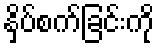
နှိပ်စက်ခြင်းကို